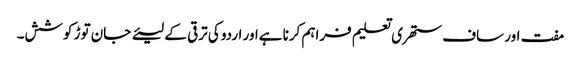
مفت اور ساف ستھری تعلیم فراہم کرنا ہےاور اردو کی ترقی کے لیئے جان توڑ کوشش۔